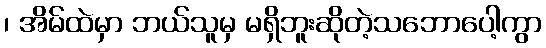
၊ အိမ်ထဲမှာ ဘယ်သူမှ မရှိဘူးဆိုတဲ့သဘောပေါ့ကွာ